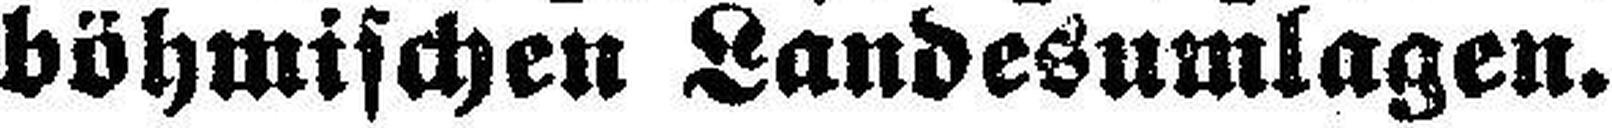
böhmischen Landesumlagen.